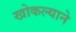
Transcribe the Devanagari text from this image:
खोकल्याने